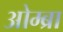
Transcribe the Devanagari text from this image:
ओम्ब्रा